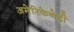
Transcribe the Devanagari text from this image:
अमेरिकेनेही